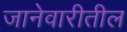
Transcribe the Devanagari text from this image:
जानेवारीतील